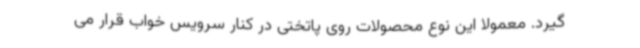
گیرد. معمولا این نوع محصولات روی پاتختی در کنار سرویس خواب قرار می